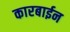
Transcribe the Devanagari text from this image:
कारबाईन